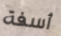
أسفة